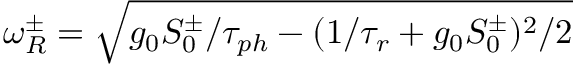
\omega _ { R } ^ { \pm } = \sqrt { g _ { 0 } S _ { 0 } ^ { \pm } / \tau _ { p h } - ( 1 / \tau _ { r } + g _ { 0 } S _ { 0 } ^ { \pm } ) ^ { 2 } / 2 }